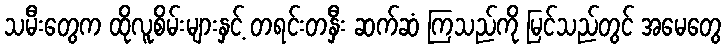
သမီးတွေက ထိုလူစိမ်းများနှင့် တရင်းတနှီး ဆက်ဆံ ကြသည်ကို မြင်သည်တွင် အမေတွေ